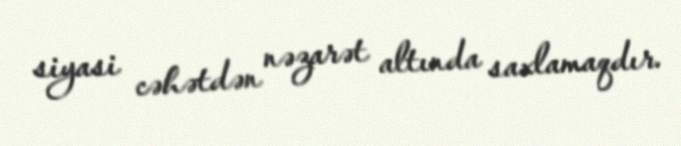
siyasi cəhətdən nəzarət altında saxlamaqdır.